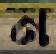
ন